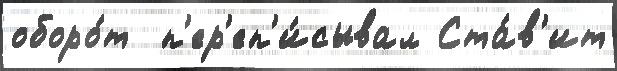
оборо́т  п'ер'еп'и́сывал Ста́в'ит